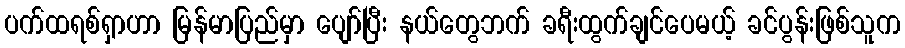
ပက်ထရစ်ရှာဟာ မြန်မာပြည်မှာ ပျော်ပြီး နယ်တွေဘက် ခရီးထွက်ချင်ပေမယ့် ခင်ပွန်းဖြစ်သူက